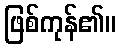
ဖြစ်ကုန်၏။